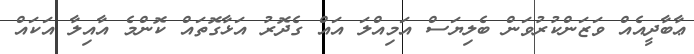
ޢާބާދީއެއް ވަޒަންކުރުވަން ބެލިޔަސް އަމިއްލަ އައް ގެދޮރު އަޅާގޮތައް ކޮންމެ އާއިލާ އަކައް